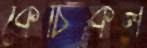
কেচিকল